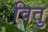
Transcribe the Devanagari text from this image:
वितु